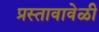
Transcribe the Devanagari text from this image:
प्रस्तावावेळी